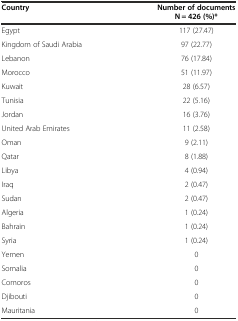
| Country | Number of documents N = 426 (%)* |
 | --- | --- |
 | Egypt | 117 (27.47) |
 | Kingdom of Saudi Arabia | 97 (22.77) |
 | Lebanon | 76 (17.84) |
 | Morocco | 51 (11.97) |
 | Kuwait | 28 (6.57) |
 | Tunisia | 22 (5.16) |
 | Jordan | 16 (3.76) |
 | United Arab Emirates | 11 (2.58) |
 | Oman | 9 (2.11) |
 | Qatar | 8 (1.88) |
 | Libya | 4 (0.94) |
 | Iraq | 2 (0.47) |
 | Sudan | 2 (0.47) |
 | Algeria | 1 (0.24) |
 | Bahrain | 1 (0.24) |
 | Syria | 1 (0.24) |
 | Yemen | 0 |
 | Somalia | 0 |
 | Comoros | 0 |
 | Djibouti | 0 |
 | Mauritania | 0 |